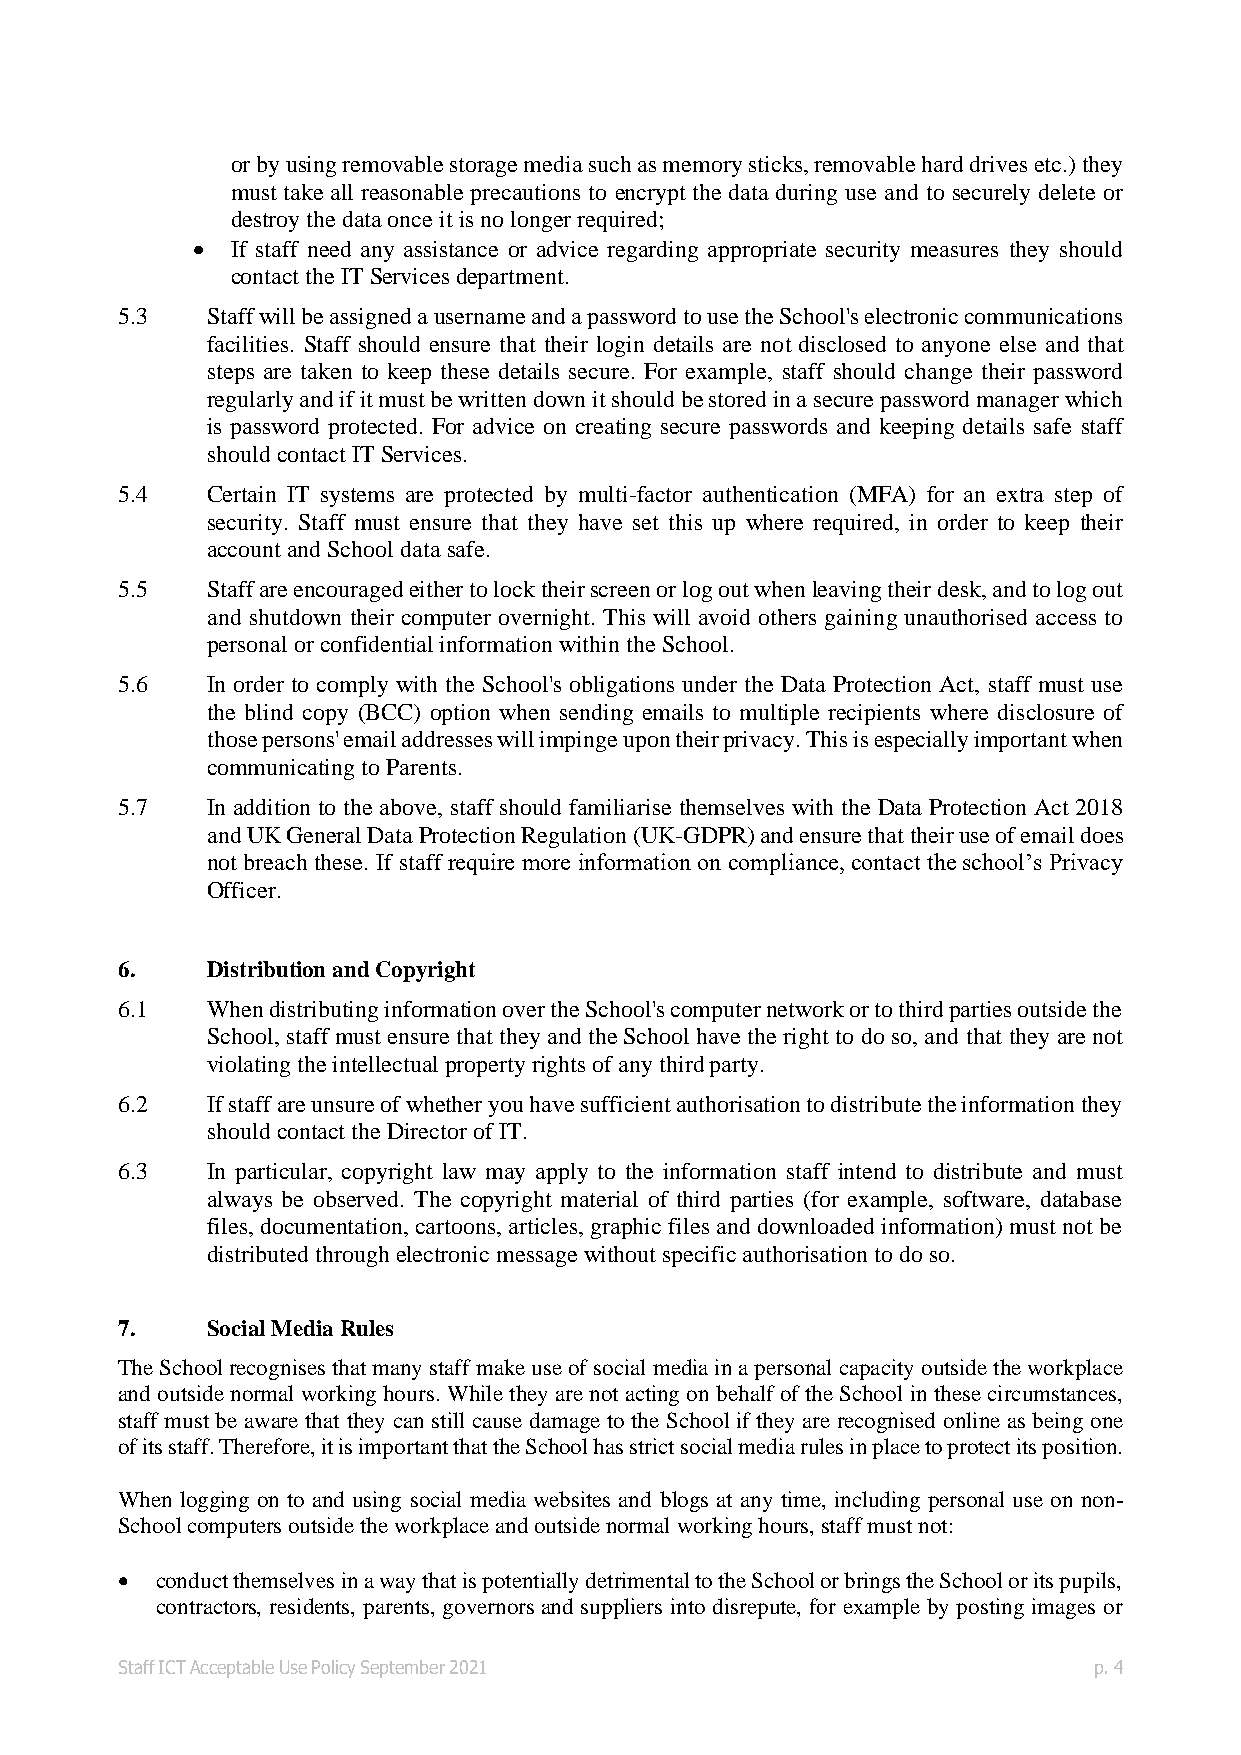
or by using removable storage media such as memory sticks, removable hard drives etc.) they
 must take all reasonable precautions to encrypt the data during use and to securely delete or
 destroy the data once it is no longer required;
 • If staff need any assistance or advice regarding appropriate security measures they should
 contact the IT Services department.
 5.3   Staff will be assigned a username and a password to use the School's electronic communications
 facilities. Staff should ensure that their login details are not disclosed to anyone else and that
 steps are taken to keep these details secure. For example, staff should change their password
 regularly and if it must be written down it should be stored in a secure password manager which
 is password protected. For advice on creating secure passwords and keeping details safe staff
 should contact IT Services.
 5.4   Certain IT systems are protected by multi-factor authentication (MFA) for an extra step of
 security. Staff must ensure that they have set this up where required, in order to keep their
 account and School data safe.
 5.5   Staff are encouraged either to lock their screen or log out when leaving their desk, and to log out
 and shutdown their computer overnight. This will avoid others gaining unauthorised access to
 personal or confidential information within the School.
 5.6   In order to comply with the School's obligations under the Data Protection Act, staff must use
 the blind copy (BCC) option when sending emails to multiple recipients where disclosure of
 those persons' email addresses will impinge upon their privacy. This is especially important when
 communicating to Parents.
 5.7   In addition to the above, staff should familiarise themselves with the Data Protection Act 2018
 and UK General Data Protection Regulation (UK-GDPR) and ensure that their use of email does
 not breach these. If staff require more information on compliance, contact the school’s Privacy
 Officer.
 6.    Distribution and Copyright
 6.1   When distributing information over the School's computer network or to third parties outside the
 School, staff must ensure that they and the School have the right to do so, and that they are not
 violating the intellectual property rights of any third party.
 6.2   If staff are unsure of whether you have sufficient authorisation to distribute the information they
 should contact the Director of IT.
 6.3   In particular, copyright law may apply to the information staff intend to distribute and must
 always be observed. The copyright material of third parties (for example, software, database
 files, documentation, cartoons, articles, graphic files and downloaded information) must not be
 distributed through electronic message without specific authorisation to do so.
 7.    Social Media Rules
 The School recognises that many staff make use of social media in a personal capacity outside the workplace
 and outside normal working hours. While they are not acting on behalf of the School in these circumstances,
 staff must be aware that they can still cause damage to the School if they are recognised online as being one
 of its staff. Therefore, it is important that the School has strict social media rules in place to protect its position.
 When logging on to and using social media websites and blogs at any time, including personal use on non-
 School computers outside the workplace and outside normal working hours, staff must not:
 • conduct themselves in a way that is potentially detrimental to the School or brings the School or its pupils,
 contractors, residents, parents, governors and suppliers into disrepute, for example by posting images or
 Staff ICT Acceptable Use Policy September 2021                  p. 4